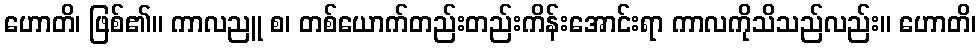
ဟောတိ၊ ဖြစ်၏။ ကာလညူ စ၊ တစ်ယောက်တည်းတည်းကိန်းအောင်းရာ ကာလကိုသိသည်လည်း။ ဟောတိ၊